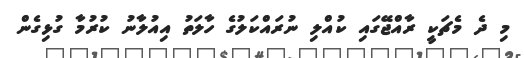
މި ދެ މެޗަކީ ރާއްޖޭގައި ކުއްލި ނުރައްކަލުގެ ހާލަތު އިއުލާނު ކުރުމާ ގުޅިގެން